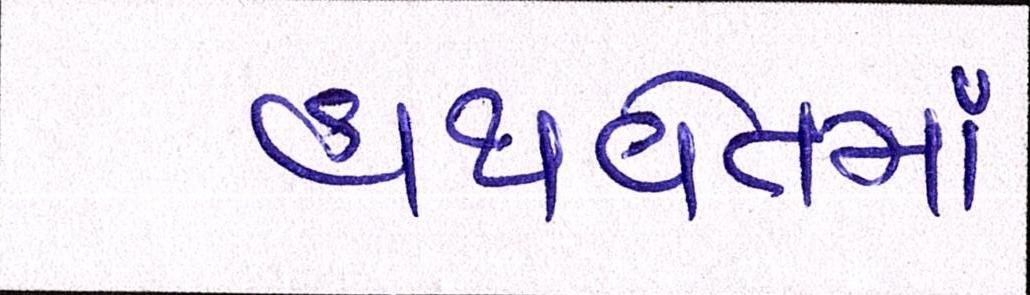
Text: હાથવેતમા